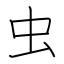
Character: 虫